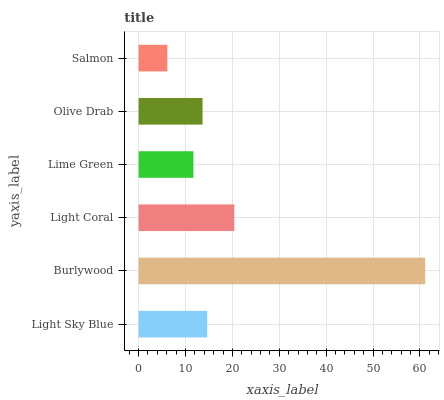
| yaxis_label | bars |
 | --- | --- |
 | Light Sky Blue | 14.6 |
 | Burlywood | 61.1 |
 | Light Coral | 20.4 |
 | Lime Green | 11.7 |
 | Olive Drab | 13.6 |
 | Salmon | 6.13 |